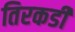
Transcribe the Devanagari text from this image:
तिरकडी